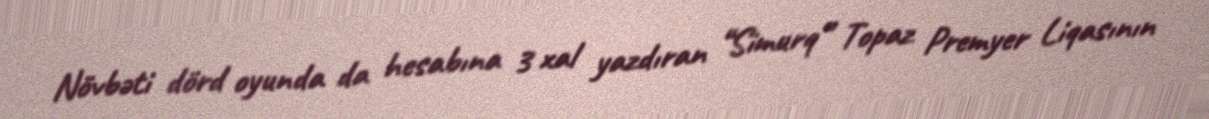
Növbəti dörd oyunda da hesabına 3 xal yazdıran “Simurq” Topaz Premyer Liqasının